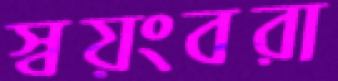
স্বয়ংবরা